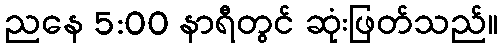
ညနေ 5:00 နာရီတွင် ဆုံးဖြတ်သည်။